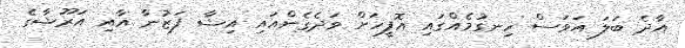
އާދެ ބަލަ އަވަސް ހިނގުމެއްގައި އޮފީހަށް ވަދެގެންއައި އިޝާ ފަޒުނާ އާއި އަރޫޝާގެ